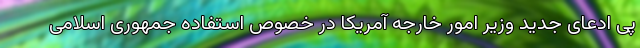
پی ادعای جدید وزیر امور خارجه آمریکا در خصوص استفاده جمهوری اسلامی